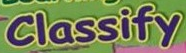
Classify